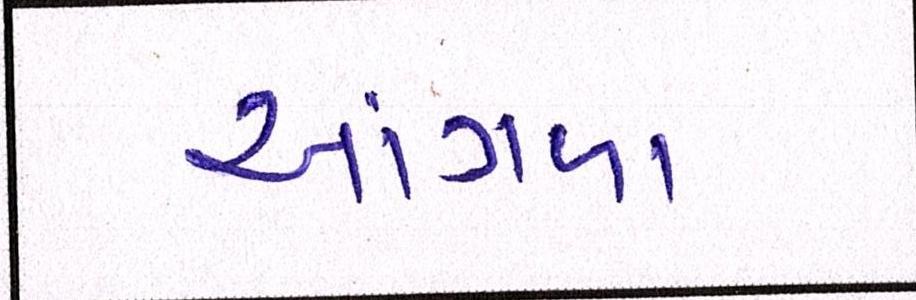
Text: આંગળા